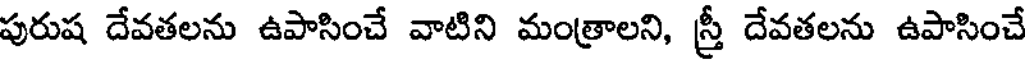
పురుష దేవతలను ఉపాసించే వాటిని మంత్రాలని, స్త్రీ దేవతలను ఉపాసించే